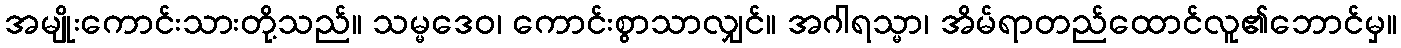
အမျိုးကောင်းသားတို့သည်။ သမ္မဒေဝ၊ ကောင်းစွာသာလျှင်။ အဂါရသ္မာ၊ အိမ်ရာတည်ထောင်လူ၏ဘောင်မှ။